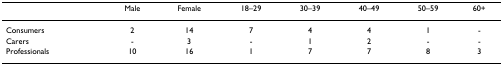
<table><thead><tr><td></td><td><b>Male</b></td><td><b>Female</b></td><td><b>18–29</b></td><td><b>30–39</b></td><td><b>40–49</b></td><td><b>50–59</b></td><td><b>60+</b></td></tr></thead><tbody><tr><td>Consumers</td><td>2</td><td>14</td><td>7</td><td>4</td><td>4</td><td>1</td><td>-</td></tr><tr><td>Carers</td><td>-</td><td>3</td><td>-</td><td>1</td><td>2</td><td>-</td><td>-</td></tr><tr><td>Professionals</td><td>10</td><td>16</td><td>1</td><td>7</td><td>7</td><td>8</td><td>3</td></tr></tbody></table>